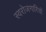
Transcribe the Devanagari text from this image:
स्वरोजगारियों